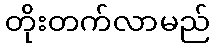
တိုးတက်လာမည်